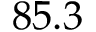
8 5 . 3